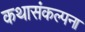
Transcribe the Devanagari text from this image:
कथासंकल्पना